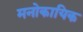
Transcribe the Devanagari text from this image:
मनोकायिक